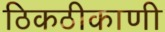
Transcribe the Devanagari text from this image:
ठिकठीकाणी